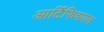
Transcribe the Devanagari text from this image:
आर्टिफिशयल